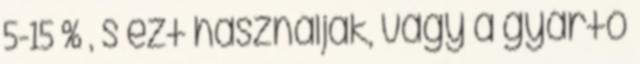
5-15 % , s ezt használják, vagy a gyártó